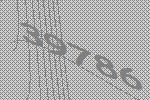
39786